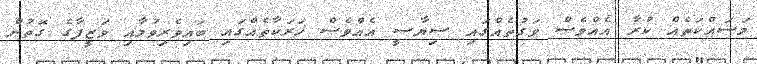
މަސައްކަތެއް ކުރާ އެއްވެސް ވަގުތެއްގައި ސިޔާސީ އެއްވެސް ހަރަކާތެއްގައި ބައިވެރިވުމާއި ވަޒީފާގެ ގޮތުން